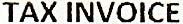
TAX INVOICE